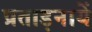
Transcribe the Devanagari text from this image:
प्रताड़नायें